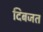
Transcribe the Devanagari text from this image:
दिबजत